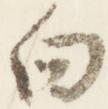
向